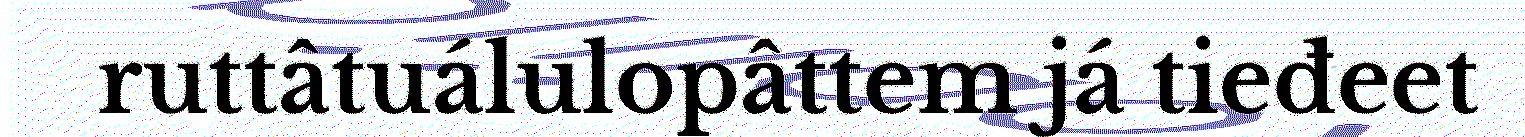
ruttâtuálulopâttem já tieđeet